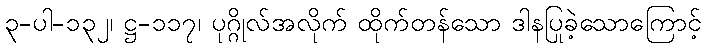
၃-ပါ-၁၃၂၊ ဋ္ဌ-၁၁၇၊ ပုဂ္ဂိုလ်အလိုက် ထိုက်တန်သော ဒါနပြုခဲ့သောကြောင့်